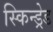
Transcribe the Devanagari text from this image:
स्किन्ड्रेड